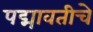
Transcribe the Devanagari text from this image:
पद्मावतीचे